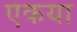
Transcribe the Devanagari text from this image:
एकया